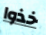
خذوا